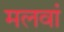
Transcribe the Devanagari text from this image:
मलवां